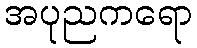
အပုညကရော